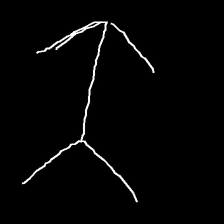
Glyph: gather